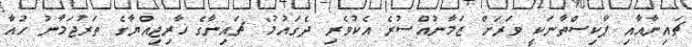
ޗައިނާއާއި ޕާކިސްތާނަކީ ވަރަށް ޒަމާނުއްސުރެ އެކުވެރި ދެގައުމު" ޗައިނާގެ ޚާރިޖިއްޔާގެ ތަރުޖަމާނު ހުއާ